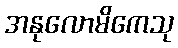
အနုလောမိကေသု